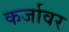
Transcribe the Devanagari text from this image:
कर्जावर